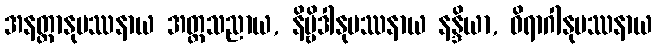
အနတ္တာနုပဿနာယ အတ္တသညာယ, နိဗ္ဗိဒါနုပဿနာယ နန္ဒိယာ, ဝိရာဂါနုပဿနာယ